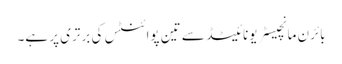
بائرن مانچیسٹر یونائیٹڈ سے تین پوائنٹس کی برتری پر ہے۔